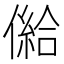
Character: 𠎨